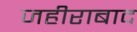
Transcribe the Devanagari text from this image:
जहीराबाद